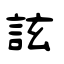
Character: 詃